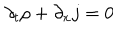
LaTeX: \partial _ { t } \rho + \partial _ { x } j = 0